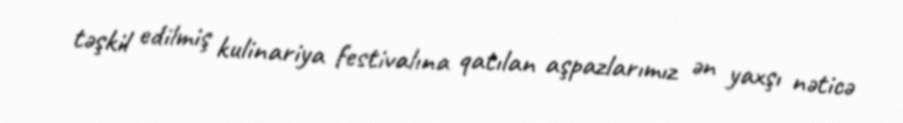
təşkil edilmiş kulinariya festivalına qatılan aşpazlarımız ən yaxşı nəticə